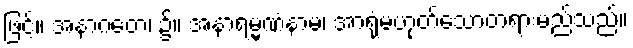
ဖြင့်။ အနာဂတေ၊ ၌။ အနာရမ္မဏံနာမ၊ အာရုံမဟုတ်သောတရားမည်သည်။